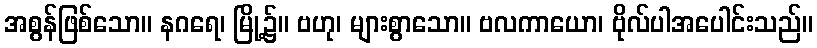
အစွန်ဖြစ်သော။ နဂရေ၊ မြို့၌။ ဗဟု၊ များစွာသော။ ဗလကာယော၊ ဗိုလ်ပါအပေါင်းသည်။